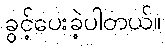
ခွင့်ပေးခဲ့ပါတယ်။